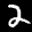
Label: 2